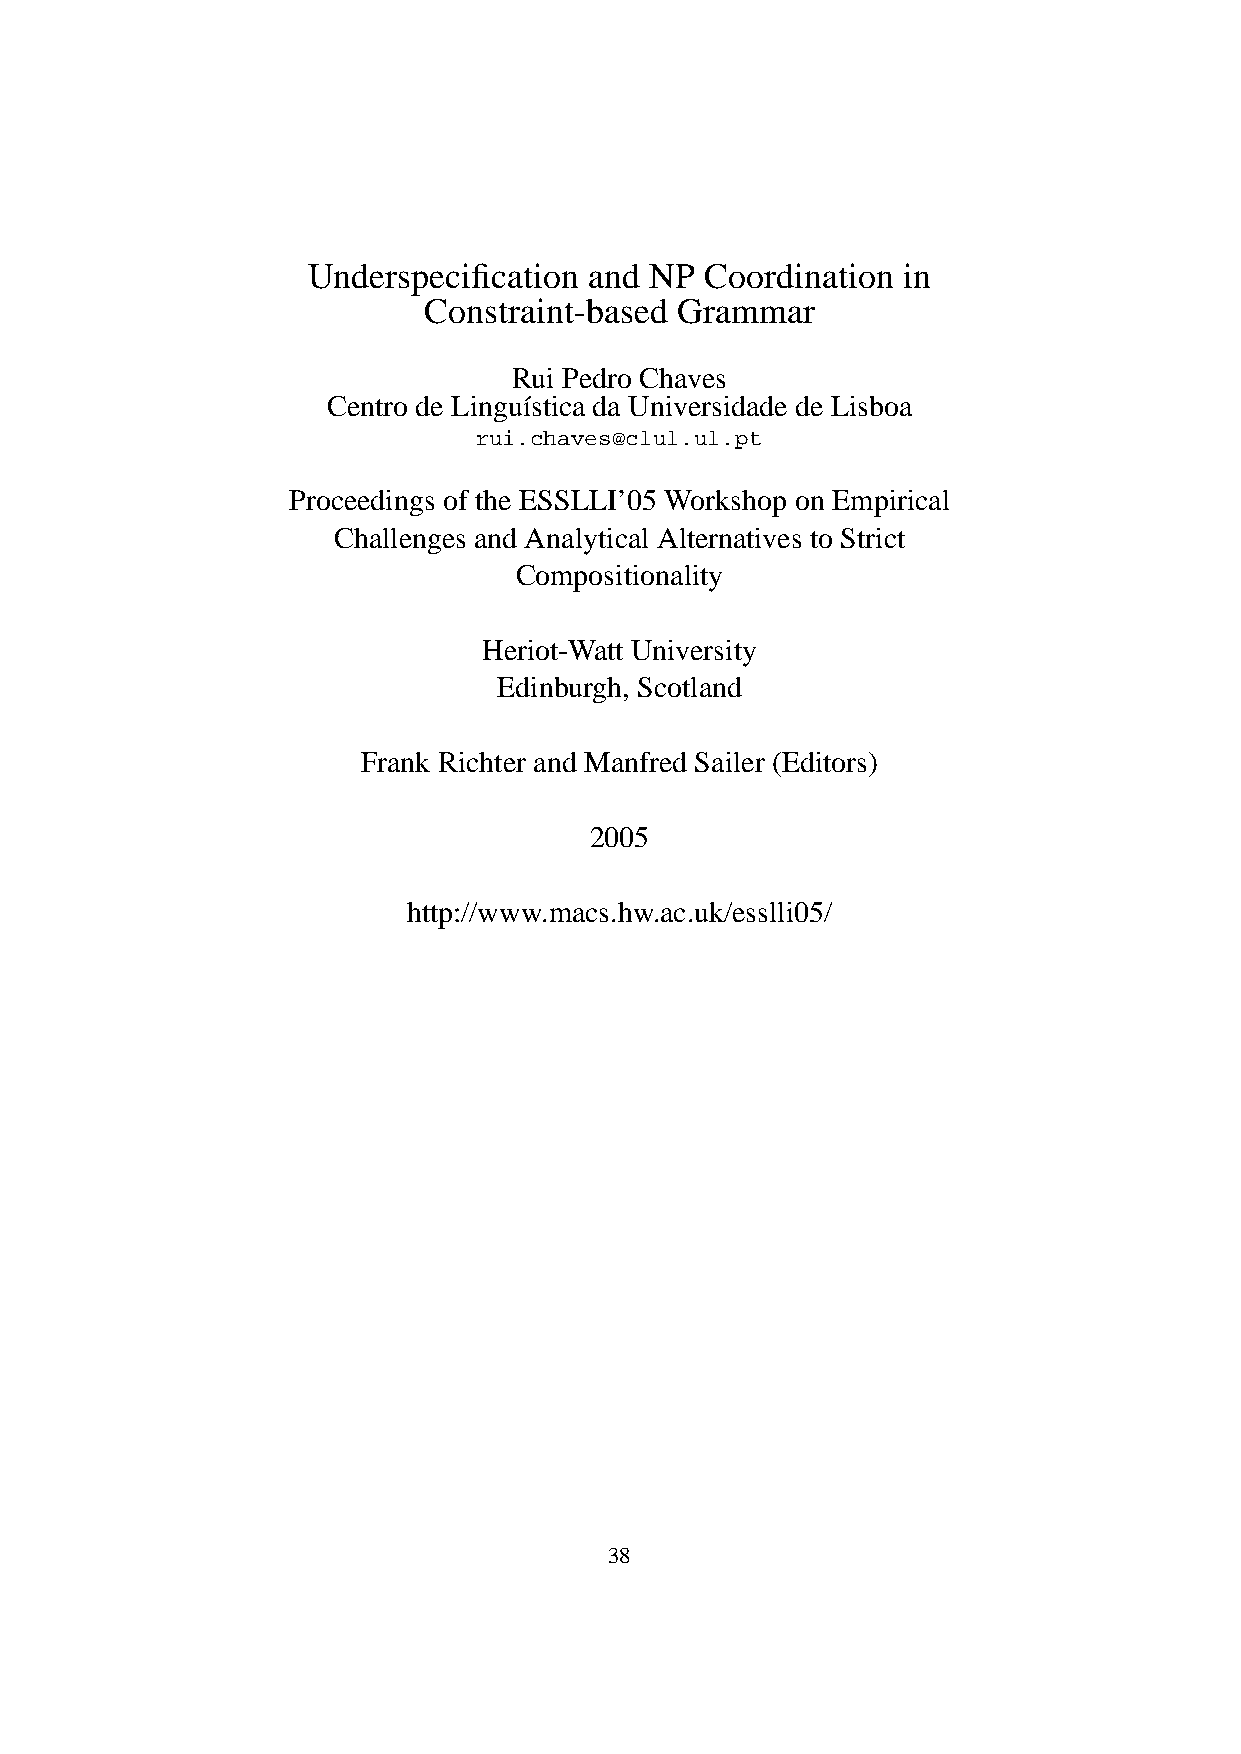
Underspecification and NP  Coordination in
 Constraint-based Grammar
 Rui Pedro Chaves
 Centro de Lingu´ıstica da Universidade de Lisboa
 rui.chaves@clul.ul.pt
 Proceedings of the ESSLLI’05 Workshop on Empirical
 Challenges and Analytical Alternatives to Strict
 Compositionality
 Heriot-Watt University
 Edinburgh, Scotland
 Frank Richter and Manfred Sailer (Editors)
 2005
 http://www.macs.hw.ac.uk/esslli05/
 38